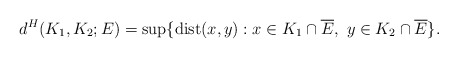
\begin{align*}d^{H}(K_1, K_2;E) = \sup\{{\rm dist}(x,y) : x\in K_1\cap \overline{E},\,\, y\in K_{2}\cap \overline{E}\}.\end{align*}